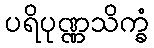
ပရိပုဏ္ဏသိက္ခံ